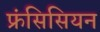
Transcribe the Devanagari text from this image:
फ्रंसिसियन